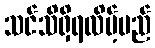
သင်သိရှိရလိမ့်မည်